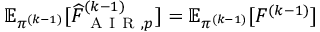
\mathbb { E } _ { \pi ^ { ( k - 1 ) } } [ \widehat { F } _ { \mathrm { ~ A ~ I ~ R ~ } , p } ^ { ( k - 1 ) } ] = \mathbb { E } _ { \pi ^ { ( k - 1 ) } } [ F ^ { ( k - 1 ) } ]